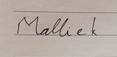
Signature authenticity: forged